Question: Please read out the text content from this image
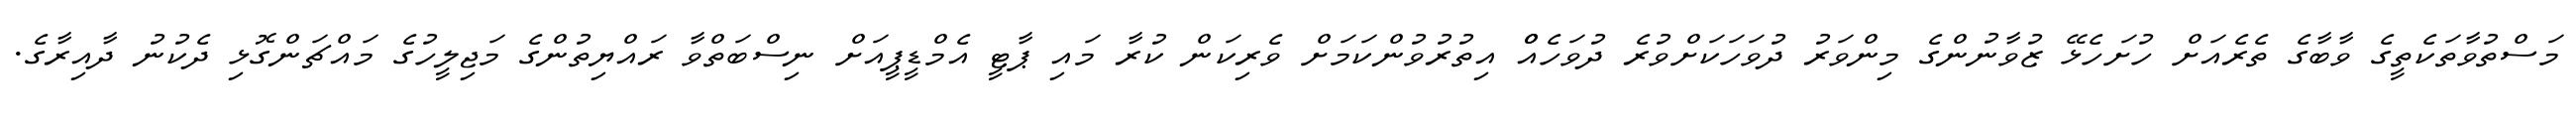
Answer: މަސްތުވާތަކެތީގެ ވާބާގެ ތެރެއަށް ހުށަހެޅޭ ޒުވާނުންގެ މިންވަރު ދުވަހަކަށްވުރެ ދުވަހެއްް އިތުރުވުންކަމަށް ވެރިކަން ކުރާ މައި ޕާޓީ އެމްޑީޕީއަށް ނިސްބަތްވާ ރައްޔިތުންގެ މަޖިލީހުގެ މައްޗަންގޮޅި ދެކުނު ދާއިރާގެ.